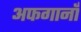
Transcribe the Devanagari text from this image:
अफगानाँं